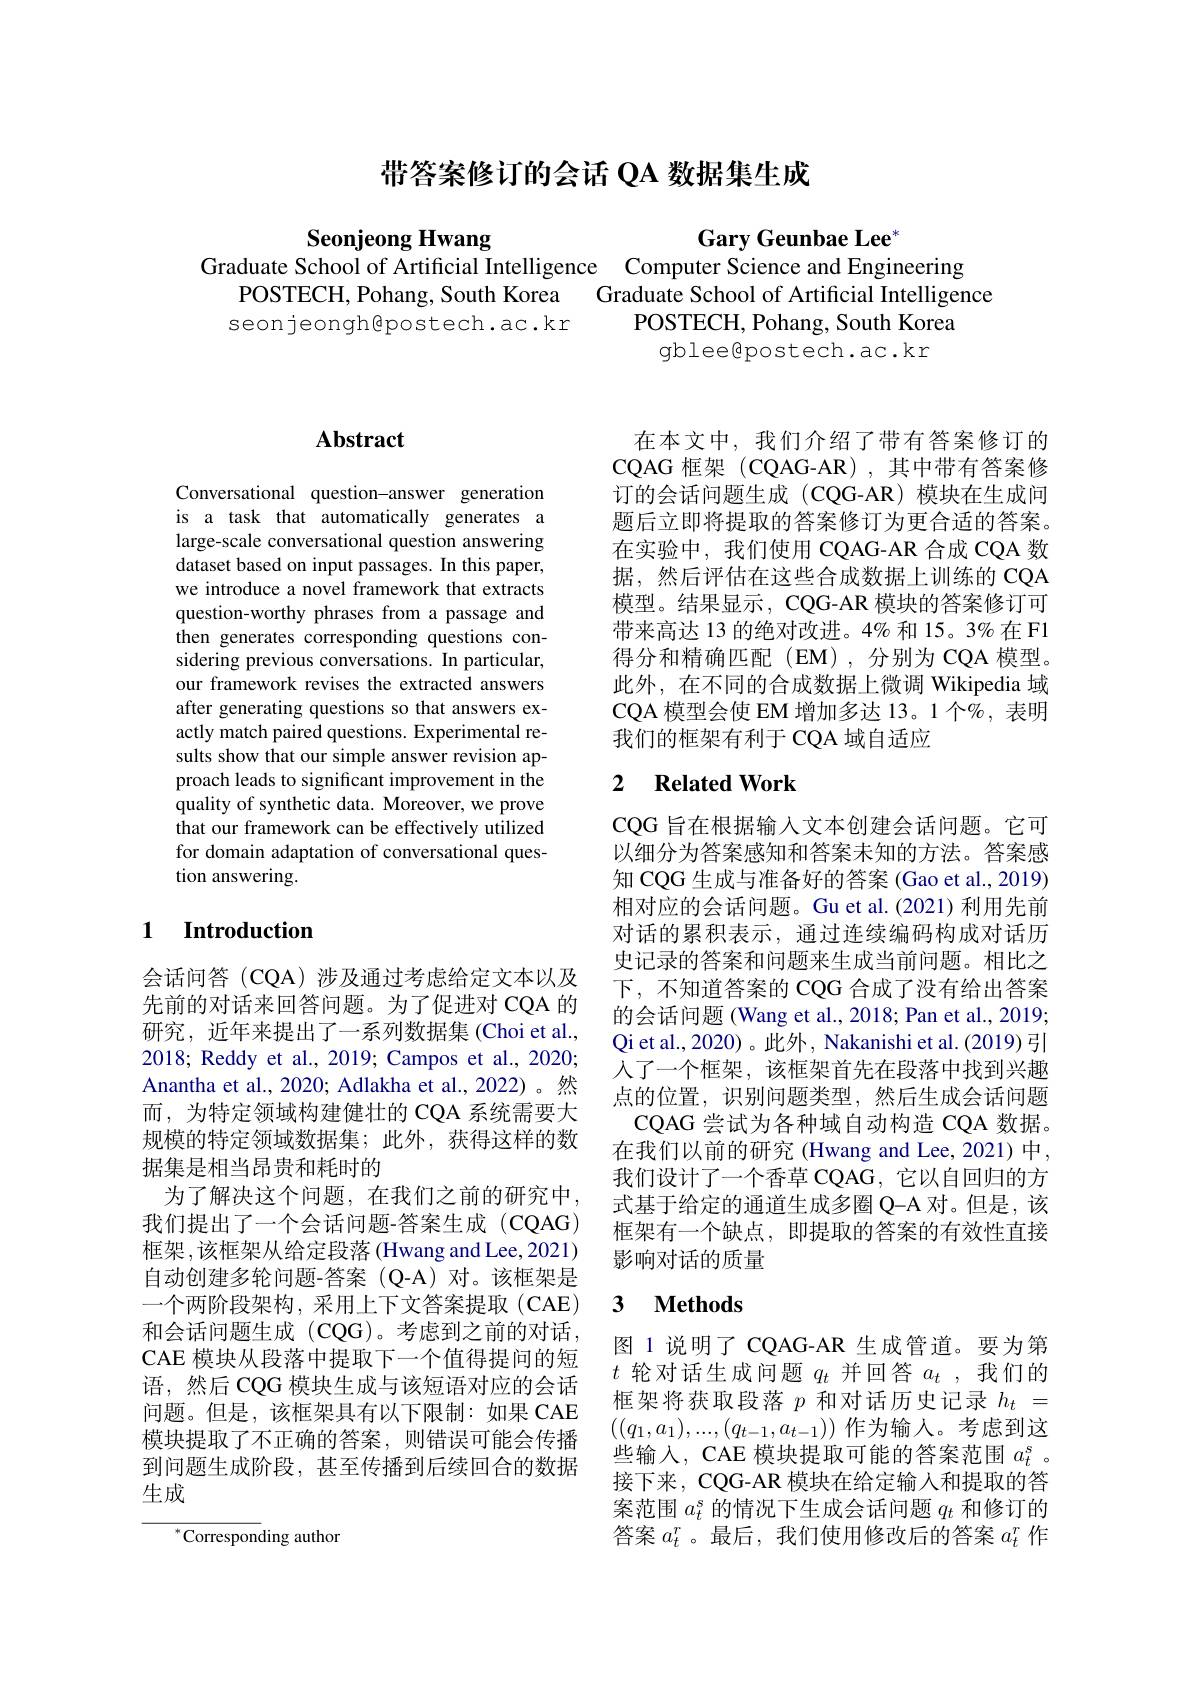
# 带答案修订的会话 QA 数据集生成

Seonjeong Hwang
Graduate School of Artificial Intelligence Computer Science and Engineering

Gary Geunbae Lee"
POSTECH, Pohang, South Korea Graduate School of Artificial Intelligence
POSTECH, Pohang, South Korea
seonjeongh@postech.ac.kr
gblee$\textcircled{\mathrm{postech.ac.kr}}$

## $\mathbf{Abstract}$

Conversational question-answer generation is a task that automatically generates a large-scale conversational question answering dataset based on input passages. In this paper, we introduce a novel framework that extracts question-worthy phrases from a passage and then generates corresponding questions considering previous conversations. In particular, our framework revises the extracted answers after generating questions so that answers exactly match paired questions. Experimental results show that our simple answer revision approach leads to significant improvement in the quality of synthetic data. Moreover, we prove that our framework can be effectively utilized for domain adaptation of conversational question answering.

### 1 $\textbf{Introduction}$

会话问答(CQA)涉及通过考虑给定文本以及先前的对话来回答问题。为了促进对 CQA 的研究，近年来提出了一系列数据集(Choi et al., 2018; Reddy et al., 2019; Campos et al., 2020; Anantha et al., 2020; Adlakha et al., 2022)。然而，为特定领域构建健壮的 CQA 系统需要大规模的特定领域数据集；此外，获得这样的数据集是相当昂贵和耗时的
为了解决这个问题，在我们之前的研究中， 我们提出了一个会话问题-答案生成(CQAG) 框架，该框架从给定段落(Hwang and Lee, 2021) 自动创建多轮问题-答案 (Q-A) 对。该框架是一个两阶段架构，采用上下文答案提取(CAE) 和会话问题生成(CQG)。考虑到之前的对话， CAE 模块从段落中提取下一个值得提问的短语，然后 CQG 模块生成与该短语对应的会话问题。但是，该框架具有以下限制：如果 CAE 模块提取了不正确的答案，则错误可能会传播到问题生成阶段，甚至传播到后续回合的数据生成

$^{*}$Corresponding author

在本文中，我们介绍了带有答案修订的CQAG 框架(CQAG-AR),其中带有答案修订的会话问题生成 (CQG-AR) 模块在生成问题后立即将提取的答案修订为更合适的答案。在实验中，我们使用 CQAG-AR 合成 CQA 数据，然后评估在这些合成数据上训练的 CQA 模型。结果显示，CQG-AR 模块的答案修订可带来高达 13 的绝对改进。4% 和 15。3% 在 F1得分和精确匹配(EM),分别为 CQA 模型。此外，在不同的合成数据上微调 Wikipedia 域$\mathrm{CQA~模型会使~EM~增加多达~13。1~个%,~表明}$ 我们的框架有利于 CQA 域自适应

## 2 $\textbf{Related Work}$

CQG 旨在根据输入文本创建会话问题。它可以细分为答案感知和答案未知的方法。答案感知 CQG 生成与准备好的答案 (Gao et al., 2019) 相对应的会话问题。Gu et al.(2021) 利用先前对话的累积表示，通过连续编码构成对话历史记录的答案和问题来生成当前问题。相比之下，不知道答案的 CQG 合成了没有给出答案的会话问题 (Wang et al., 2018; Pan et al., 2019; Qi et al., 2020) 。此外，Nakanishi et al. (2019) 引人了一个框架，该框架首先在段落中找到兴趣点的位置，识别问题类型，然后生成会话问题
CQAG 尝试为各种域自动构造 CQA 数据。在我们以前的研究(Hwang and Lee,2021)中， 我们设计了一个香草 CQAG, 它以自回归的方式基于给定的通道生成多圈 Q-A 对。但是，该框架有一个缺点，即提取的答案的有效性直接影响对话的质量

## 3 $\textbf{Methods}$

图 1 说明了 CQAG-AR 生成管道。要为第$t$轮对话生成问题$q_t$并回答$a_t$ ,我们的框架将获取段落$p$和对话历史记录$h_t=$ $((q_1,a_1),...,(q_{t-1},a_{t-1}))$作为输入。考虑到这些输入，CAE 模块提取可能的答案范围$a_t^s$ 。接下来，CQG-AR 模块在给定输入和提取的答案范围$a_t^s$的情况下生成会话问题$q_t$和修订的答案$a_t^r$。最后，我们使用修改后的答案$a_t^r$作